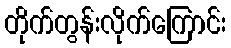
တိုက်တွန်းလိုက်ကြောင်း